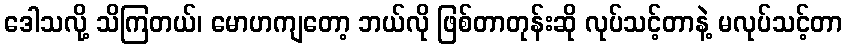
ဒေါသလို့ သိကြတယ်၊ မောဟကျတော့ ဘယ်လို ဖြစ်တာတုန်းဆို လုပ်သင့်တာနဲ့ မလုပ်သင့်တာ